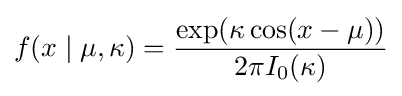
f(x\mid \mu ,\kappa )={\frac {\exp(\kappa \cos(x-\mu ))}{2\pi I_{0}(\kappa )}}